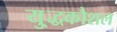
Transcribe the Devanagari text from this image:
यु्द्धकौशल